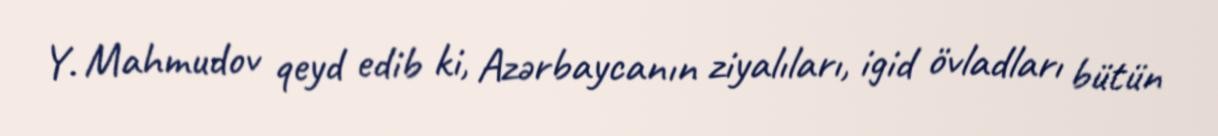
Y. Mahmudov qeyd edib ki, Azərbaycanın ziyalıları, igid övladları bütün